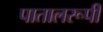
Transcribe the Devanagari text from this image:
पातालरूपी